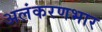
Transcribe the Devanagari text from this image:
अलंकरणभार